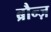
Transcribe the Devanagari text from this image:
ब्रौन्ज़